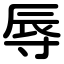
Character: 辱